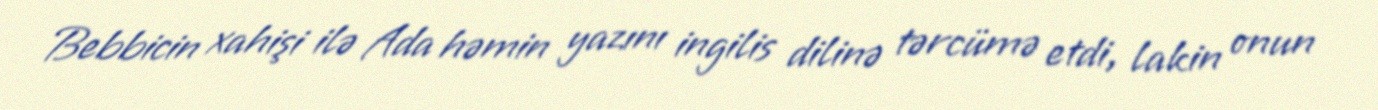
Bebbicin xahişi ilə Ada həmin yazını ingilis dilinə tərcümə etdi, lakin onun